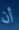
أن